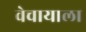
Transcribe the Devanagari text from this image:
वेचायाला